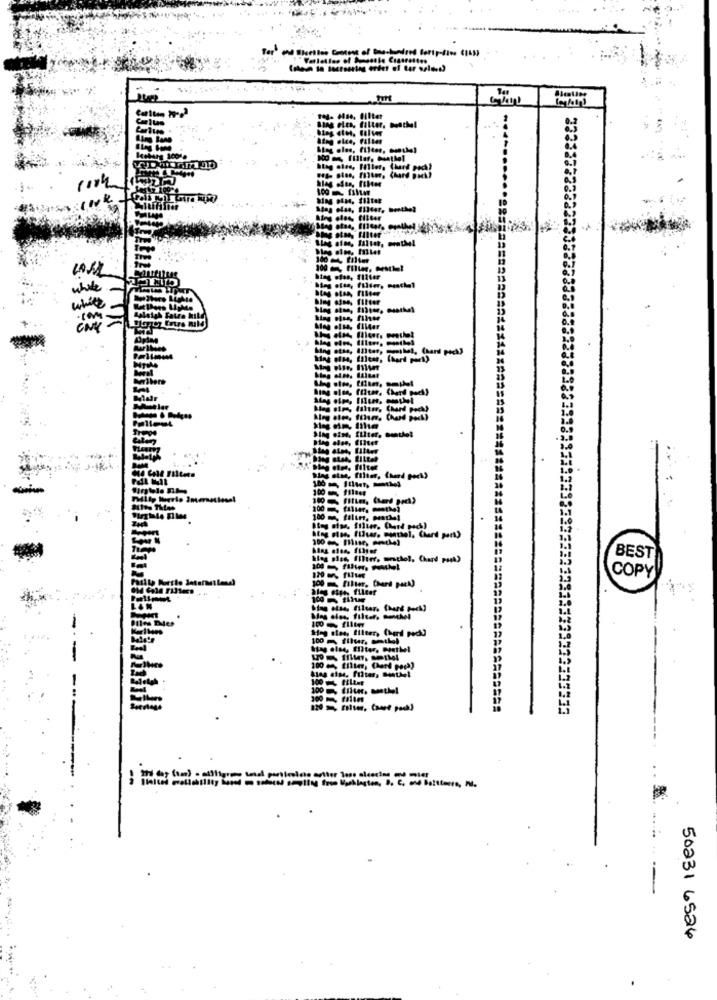
sans elts, filter, muschel
while
white
Sing sind, filter, Donthet
Blog else, filter
Slag stan, filter, Chand poek)
100 - filin. merkel
100 Mur, onde)
BEST
COPY
100 m filter, Chard pack)
109 511
Meg nies, filter, Chard pock)
100 m fluer, emtlel
333
Stas eles, Eliter, Pestlel
37
ne kollegin, D. C. and Baltimore, N.
50231 6524